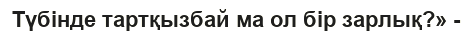
Түбінде тартқызбай ма ол бір зарлық?» -